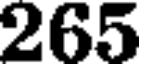
265